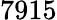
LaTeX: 7915